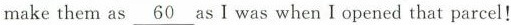
make them as\underline{60}as I was when I opened that parcel!